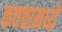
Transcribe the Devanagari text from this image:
कवचामध्ये